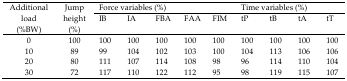
<table><thead><tr><td rowspan="3"><b>Additional load (%BW)</b></td><td rowspan="3"><b>Jump height (%)</b></td><td colspan="3"><b>Force variables (%)</b></td><td></td><td></td><td colspan="3"><b>Time variables (%)</b></td><td></td></tr><tr><td><b>IB</b></td><td><b>IA</b></td><td><b>FBA</b></td><td><b>FAA</b></td><td><b>FIM</b></td><td><b>tP</b></td><td><b>tB</b></td><td><b>tA</b></td><td><b>tT</b></td></tr></thead><tbody><tr><td>0</td><td>100</td><td>100</td><td>100</td><td>100</td><td>100</td><td>100</td><td>100</td><td>100</td><td>100</td><td>100</td></tr><tr><td>10</td><td>89</td><td>99</td><td>104</td><td>102</td><td>103</td><td>100</td><td>104</td><td>113</td><td>106</td><td>106</td></tr><tr><td>20</td><td>80</td><td>111</td><td>107</td><td>114</td><td>108</td><td>98</td><td>96</td><td>114</td><td>110</td><td>104</td></tr><tr><td>30</td><td>72</td><td>117</td><td>110</td><td>122</td><td>112</td><td>95</td><td>98</td><td>119</td><td>115</td><td>107</td></tr></tbody></table>